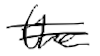
Text: the
Cross-out: double-line
Writing tool: digital_black